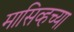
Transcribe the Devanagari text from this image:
मासिव्हच्या